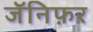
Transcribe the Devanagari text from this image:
जॅनिफ़र